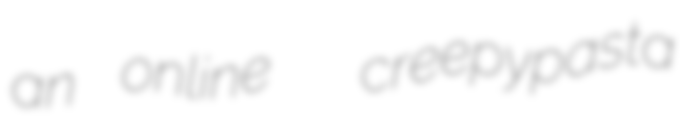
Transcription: an online  creepypasta